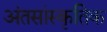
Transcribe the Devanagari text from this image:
अंतसांस्कृतिक